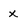
Character: x